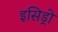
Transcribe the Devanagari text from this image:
इसिड्रो